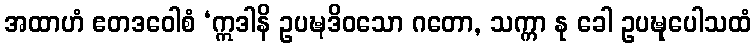
အထာဟံ ဧတဒဝေါစံ ‘ဣဒါနိ ဥပဍ္ဎဒိဝသော ဂတော, သက္ကာ နု ခေါ ဥပဍ္ဎုပေါသထံ